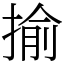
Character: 揄